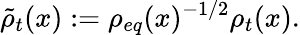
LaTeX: \tilde{\rho}_{t}(x):=\rho_{eq}(x)^{-1/2}\rho_{t}(x).